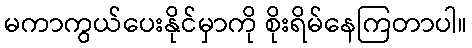
မကာကွယ်ပေးနိုင်မှာကို စိုးရိမ်နေကြတာပါ။